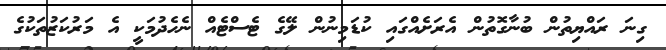
ގިނަ ރައްޔިތުން ބުނާގޮތުން އެރަށެއްގައި ކުޑަމިނުން ލޭގެ ޓެސްޓެއް ނެހެދުމަކީ އެ މަރުކަޒުތަކުގެ